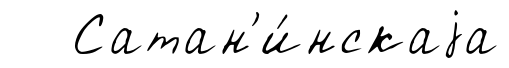
Сатан'и́нскаjа